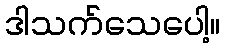
ဒါသက်သေပေါ့။